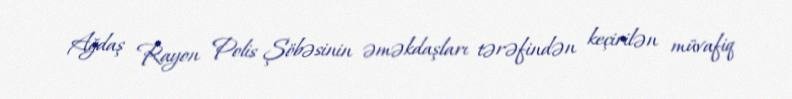
Ağdaş Rayon Polis Şöbəsinin əməkdaşları tərəfindən keçirilən müvafiq